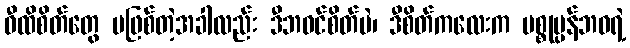
ဝီထိစိတ်တွေ မဖြစ်တဲ့အခါလည်း ဒီဘဝင်စိတ်ပဲ၊ ဒီစိတ်ကလေးက ပစ္စုပ္ပန်ဘဝရဲ့